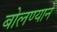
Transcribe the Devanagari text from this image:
बोलण्याने